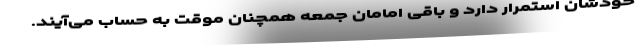
خودشان استمرار دارد و باقی امامان جمعه همچنان موقت به حساب می‌آیند.